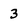
Character: 3